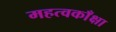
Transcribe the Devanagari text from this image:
महत्वकाँक्षा